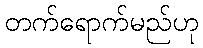
တက်ရောက်မည်ဟု